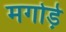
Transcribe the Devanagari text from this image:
मगोड़े